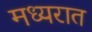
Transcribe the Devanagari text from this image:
मध्यरात